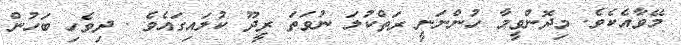
މޭވާއެކެވެ. މިދޮންވީމާ ހުންނަނީ ރަތްކުލަ ނުވަތަ ރީދޫ ކުލައިގައެވެ . ދިވެހި ބަހުން